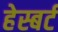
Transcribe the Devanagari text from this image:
हेस्बर्ट